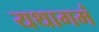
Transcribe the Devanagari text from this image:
यथागमं